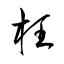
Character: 枉